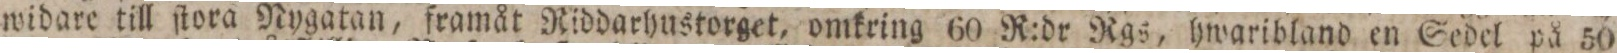
widare till ſtora Nygatan, framåt Riddarhustorget, omkring 60 R:dr Rgs, hwaribland en Sedel på 50